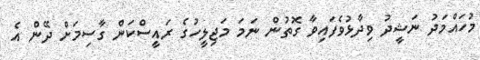
މުހައްމަދު ނަޝީދު ވިދާޅުވެފައިވާ ގޮތުން ނަމަ މަޖިލީހުގެ ރައީސްކަން ގާސިމަށް ދޭން އެ